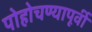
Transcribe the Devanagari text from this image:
पोहोचण्यापूर्वी